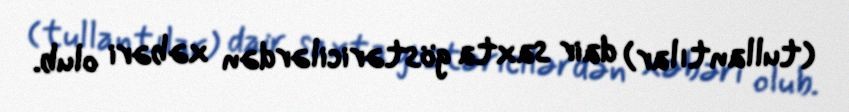
(tullantılar) dair saxta göstəricilərdən xəbəri olub.